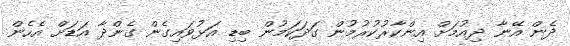
ދެން އޭނާ ދިއުމަށް އިންކާރުކުރުމުން ގަދަކަމުން ބިޑި އަޅުވައިގެން ގެންދާ އަޑަށް އެހެން